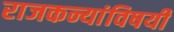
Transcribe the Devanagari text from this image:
राजकन्यांविषयी